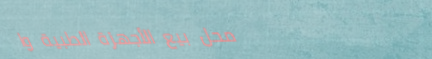
محل بيع الأجهزة الطبية وا